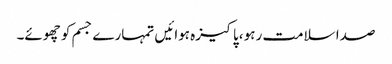
صدا سلامت رہو ،پاکیزہ ہوائیں تمہارے جسم کو چھوئے۔